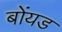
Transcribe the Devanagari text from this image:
बोंयड